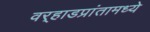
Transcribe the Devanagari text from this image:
वर्‍हाडप्रांतामध्ये